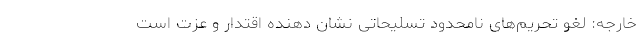
خارجه: لغو تحریم‌های نامحدود تسلیحاتی نشان دهنده اقتدار و عزت است